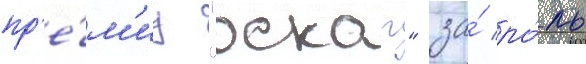
пр'е́м'иу "оскар" за́ ро́ль